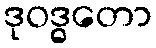
ဒုဝဒ္ဓတော